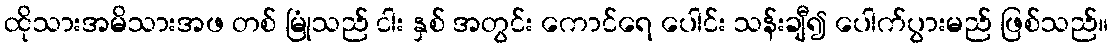
ထိုသားအမိသားအဖ တစ် မြုံသည် ငါး နှစ် အတွင်း ကောင်ရေ ပေါင်း သန်းချီ၍ ပေါက်ပွားမည် ဖြစ်သည်။